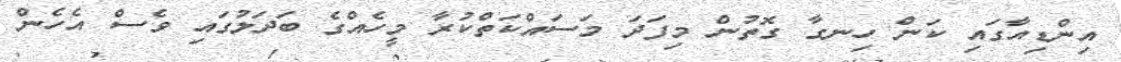
އިންޑިއާގައި ކަން ހިނގާ ގޮތުން މިފަދަ މަސައްކަތްކުރާ މީހެއްގެ ބަދަލުގައި ވެސް އެހެން